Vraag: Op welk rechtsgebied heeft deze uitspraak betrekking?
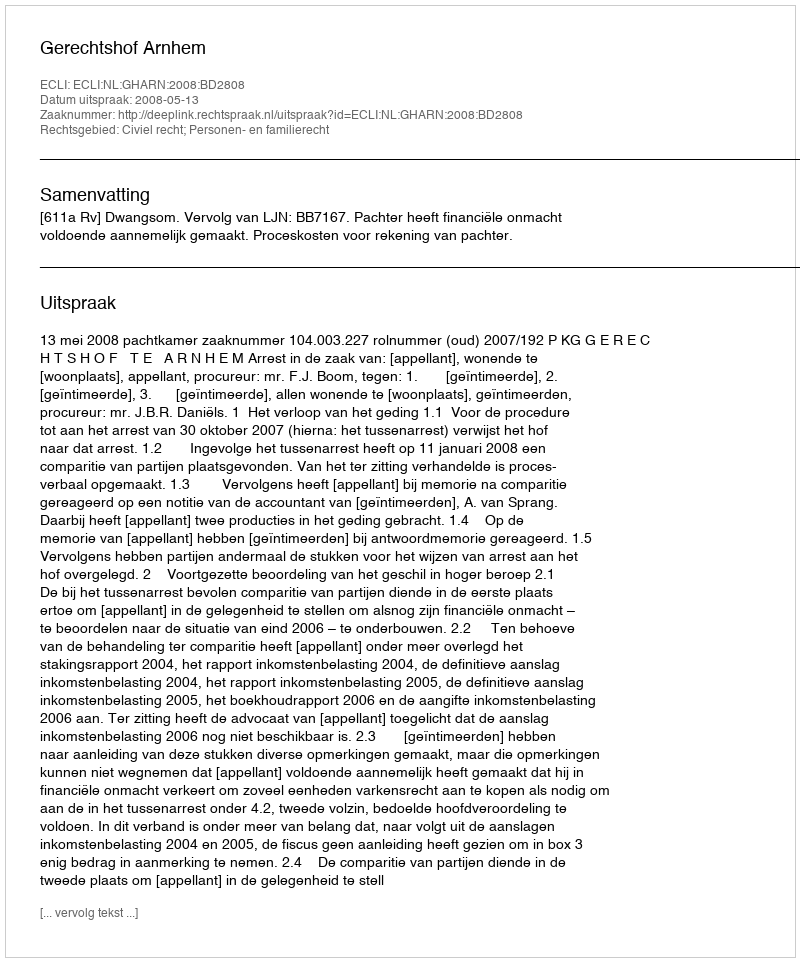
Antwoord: Civiel recht; Personen- en familierecht